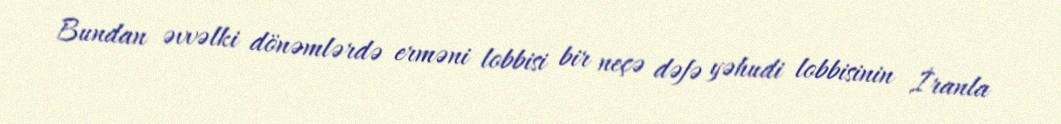
Bundan əvvəlki dönəmlərdə erməni lobbisi bir neçə dəfə yəhudi lobbisinin İranla